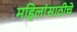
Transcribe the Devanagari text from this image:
महिलांसाठीचे